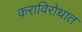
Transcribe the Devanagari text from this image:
कराविरोधात